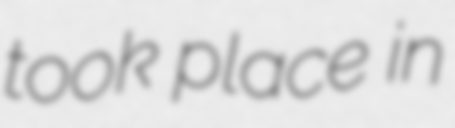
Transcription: took place in